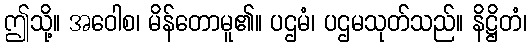
ဤသို့။ အဝေါစ၊ မိန်တောမူ၏။ ပဌမံ၊ ပဌမသုတ်သည်။ နိဋ္ဌိတံ၊